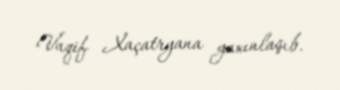
Vaqif Xaçatryana yaxınlaşıb.